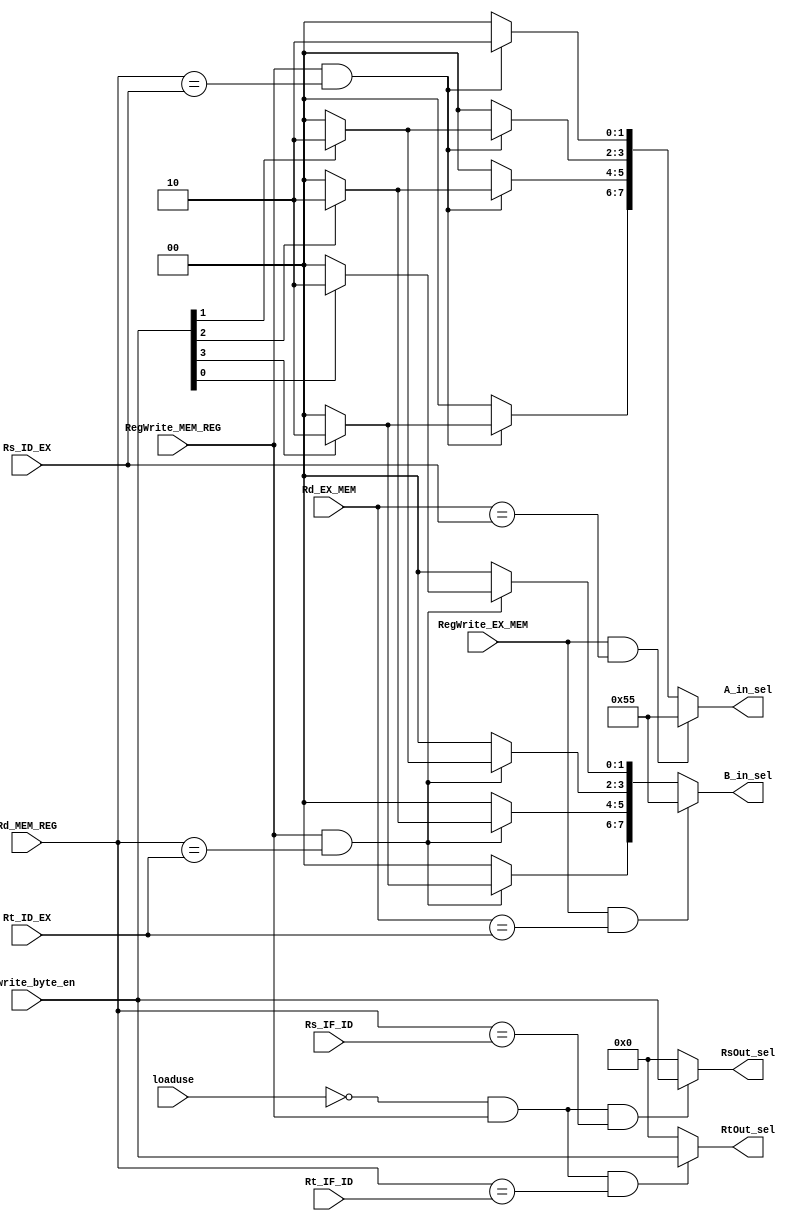
module FORWARD(
input [4:0] Rs_ID_EX,
input [4:0] Rt_ID_EX,
input [4:0] Rd_EX_MEM,
input [4:0] Rs_IF_ID,
input [4:0] Rt_IF_ID,
input [4:0] Rd_MEM_REG,
input RegWrite_EX_MEM,
input RegWrite_MEM_REG,
input [3:0] Rd_write_byte_en,
input loaduse,
output reg [3:0] RsOut_sel,
output reg [3:0] RtOut_sel,
output reg [7:0] A_in_sel,
output reg [7:0] B_in_sel
);
always@(*)begin
	if(!loaduse && RegWrite_MEM_REG && Rd_MEM_REG == Rs_IF_ID)//
		RsOut_sel = Rd_write_byte_en;
	else 
		RsOut_sel = 4'b0000;
		
	if(!loaduse && RegWrite_MEM_REG && Rd_MEM_REG == Rt_IF_ID)//
		RtOut_sel = Rd_write_byte_en;
	else 
		RtOut_sel = 4'b0000;
		
	if(RegWrite_EX_MEM  && Rd_EX_MEM == Rs_ID_EX)//ALUALU//
		A_in_sel = 8'b01010101;
	else if(RegWrite_MEM_REG && Rd_MEM_REG == Rs_ID_EX)//ALU
		begin 
			if(Rd_write_byte_en[3])
				A_in_sel[7:6] = 2'b10;
			else
				A_in_sel[7:6] = 2'b00;
			if(Rd_write_byte_en[2])
				A_in_sel[5:4] = 2'b10;
			else
				A_in_sel[5:4] = 2'b00;
			if(Rd_write_byte_en[1])
				A_in_sel[3:2] = 2'b10;
			else
				A_in_sel[3:2] = 2'b00;
			if(Rd_write_byte_en[0])
				A_in_sel[1:0] = 2'b10;
			else
				A_in_sel[1:0] = 2'b10;
		end
	else 
		A_in_sel = 8'b00000000;
	if(RegWrite_EX_MEM && Rd_EX_MEM == Rt_ID_EX)//ALUALU
		B_in_sel = 8'b01010101;
	else if(RegWrite_MEM_REG && Rd_MEM_REG == Rt_ID_EX)//ALU
		begin 
			if(Rd_write_byte_en[3])
				B_in_sel[7:6] = 2'b10;
			else
				B_in_sel[7:6] = 2'b00;
			if(Rd_write_byte_en[2])
				B_in_sel[5:4] = 2'b10;
			else
				B_in_sel[5:4] = 2'b00;
			if(Rd_write_byte_en[1])
				B_in_sel[3:2] = 2'b10;
			else
				B_in_sel[3:2] = 2'b00;
			if(Rd_write_byte_en[0])
				B_in_sel[1:0] = 2'b10;
			else
				B_in_sel[1:0] = 2'b00;
		end
	else 
		B_in_sel = 8'b000000000;
	
end
endmodule